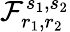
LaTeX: \mathcal{F}_{r_{1},r_{2}}^{s_{1},s_{2}}